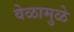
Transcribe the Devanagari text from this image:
वेळामुळे